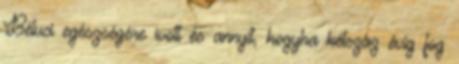
Béluci egészségére ivott és annyit, hogyha kétszáz évig fog